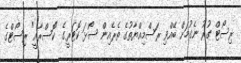
ރިސޯޓް ގުރު ނެގުމަށް ބޭއްވި ރަސްމިއްޔާތުގެ ތެރެއިން ސޯޅަ ކޮޓަރީގެ "ކޮސްރާއީ" ރިސޯޓްގެ